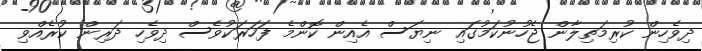
ދިވެހިން ކުރިމަތިލާން ޖެހުނުކަމުގައި ނިޔަސް އެއިން ކޮންމެ ފަހަރަކުވެސް ދިވެހި ދަރިން ކުރެއްވި